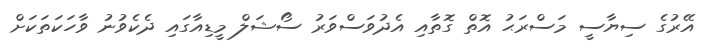
އޭރުގެ ސިޔާސީ މަސްރަޙު އޮތް ގޮތާއި އެދުވަސްވަރު ސޯޝަލް މީޑިއާގައި ދެކެވުނު ވާހަކަތަކަށް